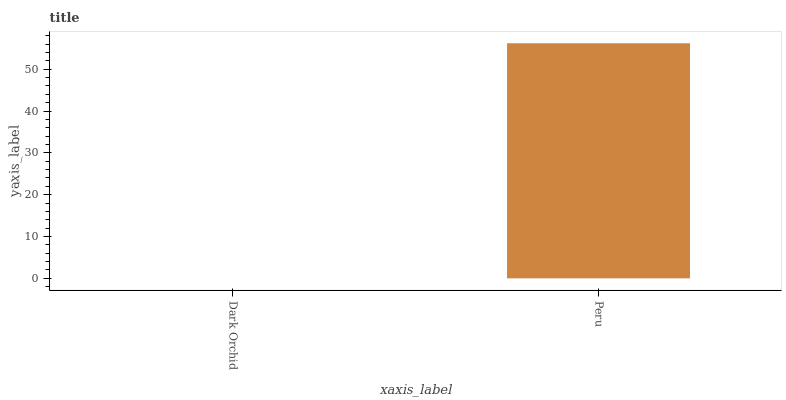
| xaxis_label | bars |
 | --- | --- |
 | Dark Orchid | 0 |
 | Peru | 56.2 |